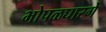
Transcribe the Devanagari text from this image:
भोपळघारगे